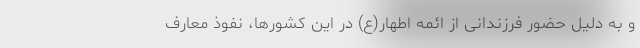
و به دلیل حضور فرزندانی از ائمه اطهار(ع) در این کشورها، نفوذ معارف